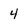
Character: 4